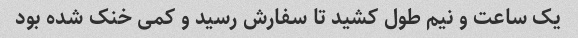
یک ساعت و نیم طول کشید تا سفارش رسید و کمی خنک شده بود